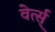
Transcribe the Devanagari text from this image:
वेर्त्स्